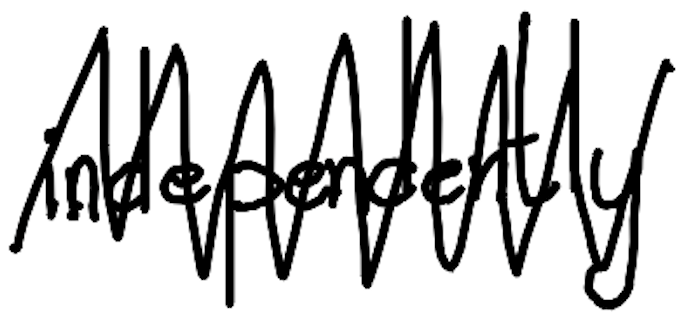
Text: independently
Cross-out: zig-zag
Writing tool: digital_black